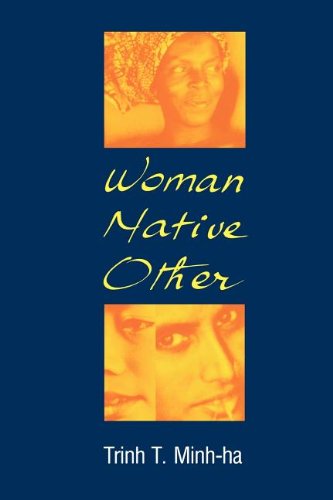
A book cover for Woman, Native, Other: Writing Postcoloniality and Feminism; Trinh T. Minh-Ha; Literature & Fiction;